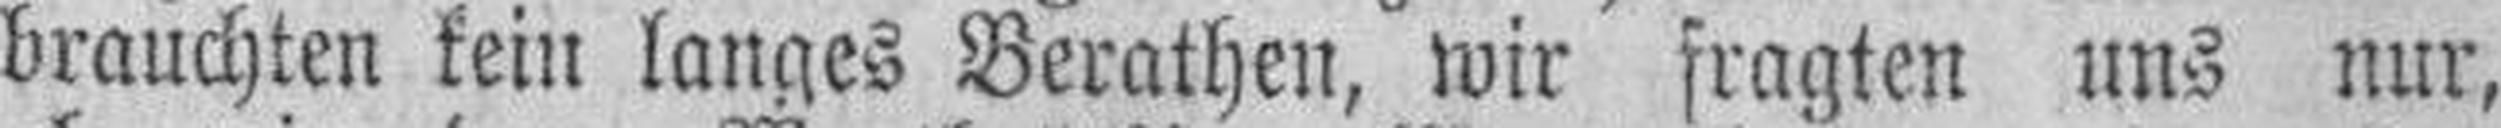
brauchten kein langes Berathen, wir fragten uns nur,